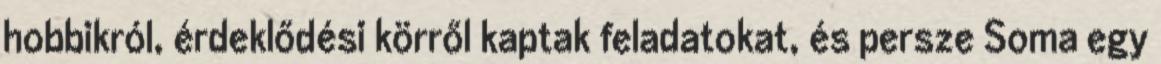
hobbikról, érdeklődési körről kaptak feladatokat, és persze Soma egy